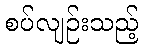
စပ်လျဉ်းသည့်